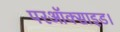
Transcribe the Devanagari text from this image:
परऑक्साइड।